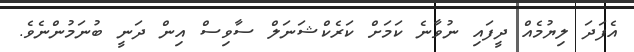
އެފަދަ ލިޔުމެއް ދީފައި ނުވާނެ ކަމަށް ކަރެކްޝަނަލް ސާވިސް އިން ދަނީ ބުނަމުންނެވެ.